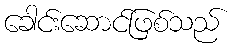
ခေါင်းဆောင်ဖြစ်သည်